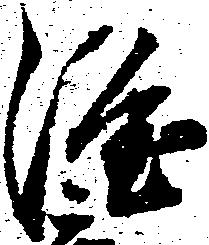
隆